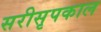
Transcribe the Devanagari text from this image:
सरीसृपकाल